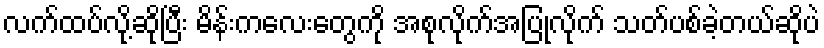
လက်ထပ်လို့ဆိုပြီး မိန်းကလေးတွေကို အစုလိုက်အပြုံလိုက် သတ်ပစ်ခဲ့တယ်ဆိုပဲ